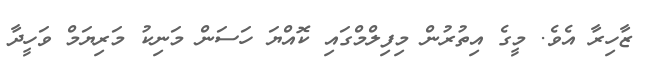
ޒާހިރާ އެވެ. މީގެ އިތުރުން މިފިލްމްގައި ކޮއްޔަ ހަސަން މަނިކު މަރިޔަމް ވަހީދާ